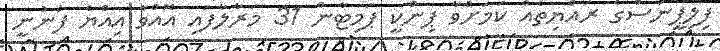
ފިލިޕީންސްގެ ރައްޔިތެއް ކަމަށްވާ ޕިންކީ ޕަމިޓާން 31 މަރާލާފައި އޮއްވާ އިއްޔެ ފެނުނީ